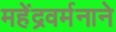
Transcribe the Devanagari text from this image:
महेंद्रवर्मनाने